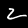
Digit: 2